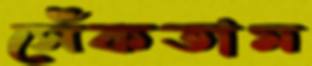
সেঁকতাম